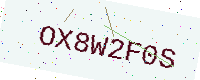
Text: OX8W2F0S